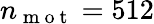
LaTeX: n_{\mathrm{~m~o~t~}}=512